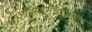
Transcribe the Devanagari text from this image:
आंदोलनधर्मिता